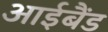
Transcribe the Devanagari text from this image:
आईबैंड